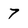
Character: 7